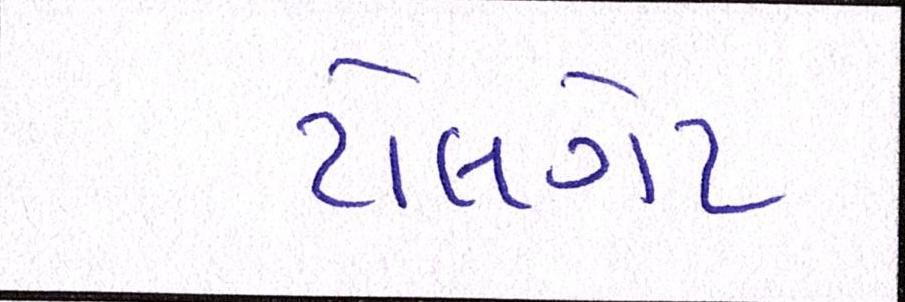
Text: ટોલગેટ